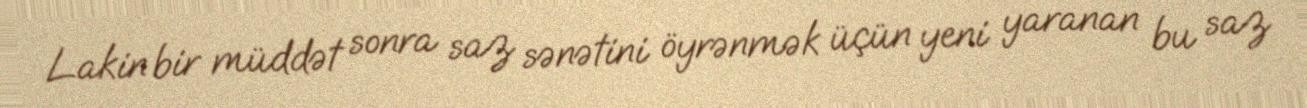
Lakin bir müddət sonra saz sənətini öyrənmək üçün yeni yaranan bu saz